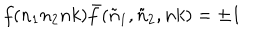
f ( n _ { 1 } n _ { 2 } n k ) { \bar { f } } ( { \tilde { n } } _ { 1 } , { \tilde { n } } _ { 2 } , n k ) = \pm 1